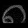
Digit: ၈